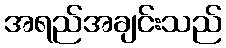
အရည်အချင်းသည်